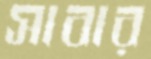
সাবার